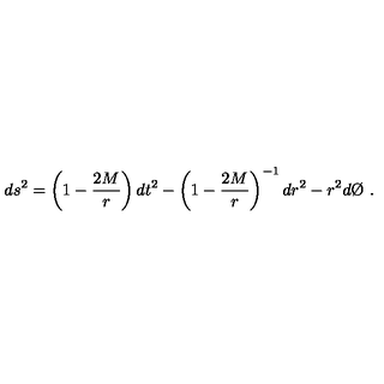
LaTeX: d s ^ { 2 } = \left( 1 - \frac { 2 M } { r } \right) d t ^ { 2 } - \left( 1 - \frac { 2 M } { r } \right) ^ { - 1 } d r ^ { 2 } - r ^ { 2 } d \O \ .